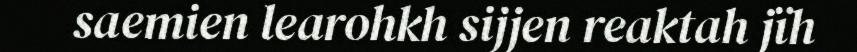
saemien learohkh sijjen reaktah jïh